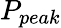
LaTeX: P_{peak}